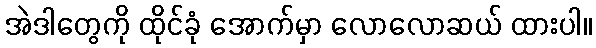
အဲဒါတွေကို ထိုင်ခုံ အောက်မှာ လောလောဆယ် ထားပါ။